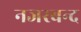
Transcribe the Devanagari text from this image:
नजरबन्‍द